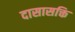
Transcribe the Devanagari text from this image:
दासासक्ति